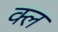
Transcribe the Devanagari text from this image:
क्ल